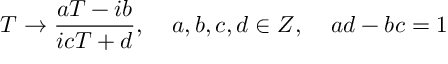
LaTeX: T \rightarrow \frac { a T - i b } { i c T + d } , \; \; \; \; a , b , c , d \in Z , \; \; \; \; a d - b c = 1